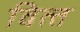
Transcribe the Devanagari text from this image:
वित्‍त